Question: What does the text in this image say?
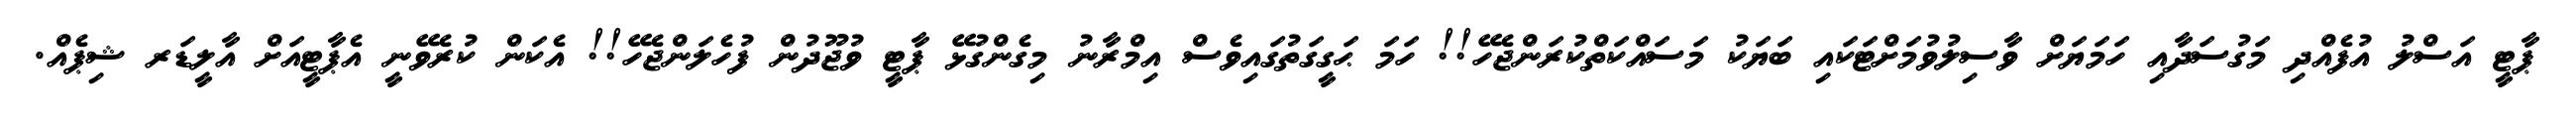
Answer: ޕާޓީ އަސްލު އުފެއްދި މަގުސަދާއި ހަމަޔަށް ވާސިލުވުމަށްޓަކައި ބަޔަކު މަސައްކަތްކުރަންޖެހޭ!! ހަމަ ޙަގީގަތުގައިވެސް އިމްރާނު މިގެންގުޅޭ ޕާޓީ ވުޖޫދުން ފުހެލަންޖެހޭ!! އެކަން ކުރެވޭނީ އެޕާޓީއަށް އާލީޑަރ ޝިޕެއް.